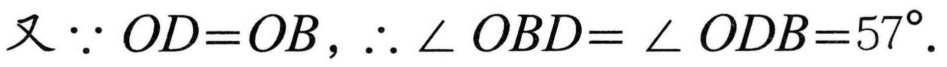
又\(\because OD = OB\)，\(\therefore \angle OBD=\angle ODB = 57^{\circ}\).